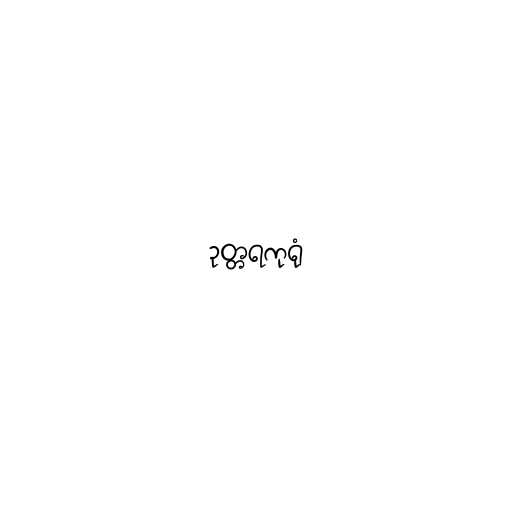
ဥတ္တရကုရုံ